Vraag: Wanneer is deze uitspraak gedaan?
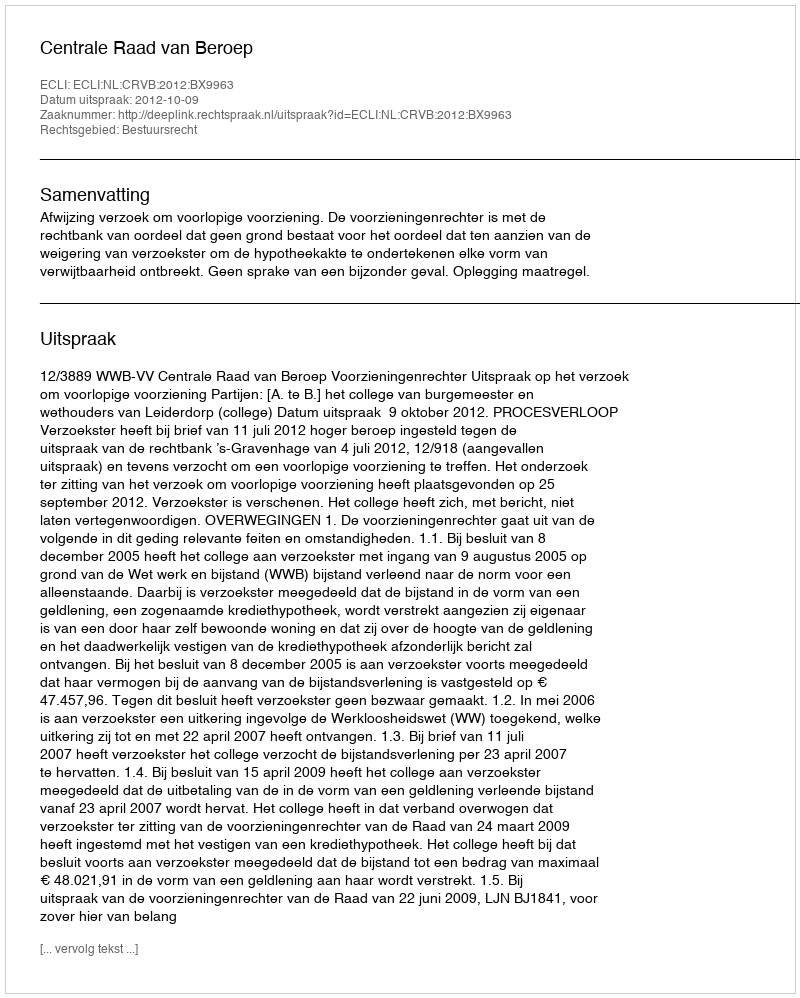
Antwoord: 2012-10-09